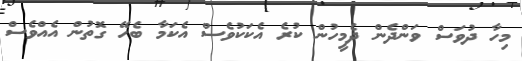
މިހާ ދުވަސް ވަންދެން ދެމީހުން ކުރެ އެކަކުވެސް އެކަމާ ބެހޭ ގޮތުން އެއްވެސް